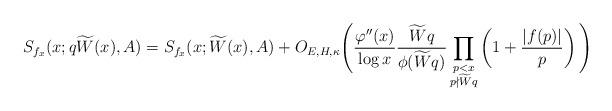
LaTeX: \begin{align*}S_{f_x}(x;q\widetilde{W}(x),A)= S_{f_x}(x;\widetilde{W}(x),A)+ O_{E,H,\kappa}\Bigg( \frac{\varphi''(x)}{\log x} \frac{\widetilde Wq}{\phi(\widetilde Wq)} \prod_{\substack{p<x\\p\nmid \widetilde Wq}}\left(1 + \frac{|f(p)|}{p} \right) \Bigg)\end{align*}